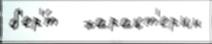
б'ер'́т   характ'ерны